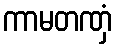
ကာမတဏှံ